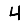
Digit: 4